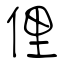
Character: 俚